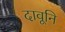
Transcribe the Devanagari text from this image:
दावूनि